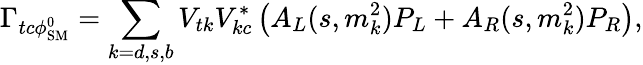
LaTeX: \Gamma_{tc\phi_{\mathrm{SM}}^{0}}=\sum_{k=d,s,b}V_{tk}V_{kc}^{*}\left(A_{L}(s,m_{k}^{2})P_{L}+A_{R}(s,m_{k}^{2})P_{R}\right),